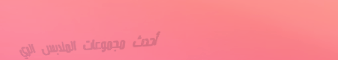
أحدث مجموعات الملابس الري